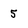
Character: 5